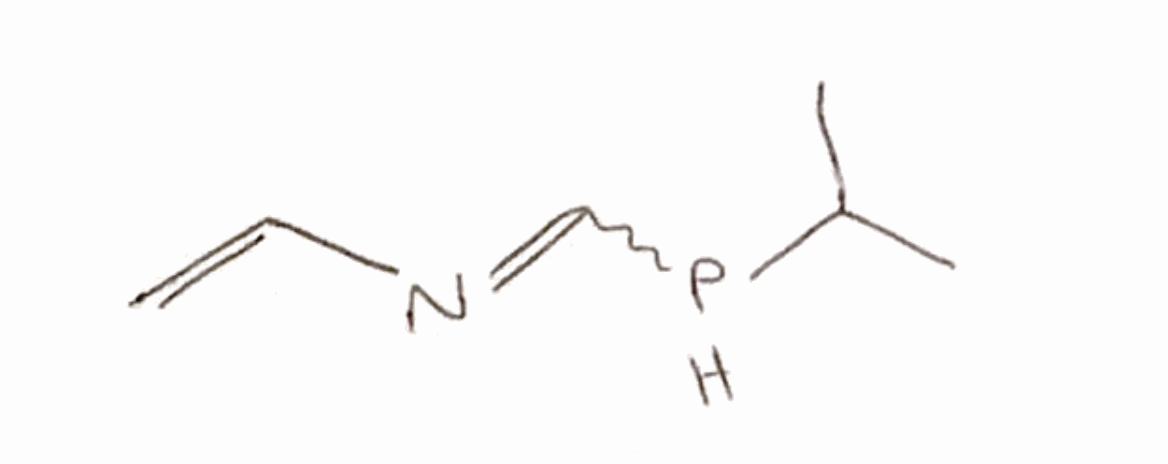
Simplified molecular-input line-entry system (SMILES) notation of the given molecule:
CC(C)PC=NC=C